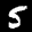
Label: 5